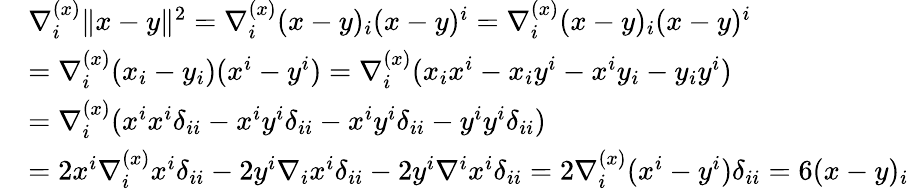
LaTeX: \begin{array}{rl}&{\nabla_{i}^{(x)}\| x-y\| ^{2}=\nabla_{i}^{(x)}(x-y)_{i}(x-y)^{i}=\nabla_{i}^{(x)}(x-y)_{i}(x-y)^{i}}\\ &{=\nabla_{i}^{(x)}(x_{i}-y_{i})(x^{i}-y^{i})=\nabla_{i}^{(x)}(x_{i}x^{i}-x_{i}y^{i}-x^{i}y_{i}-y_{i}y^{i})}\\ &{=\nabla_{i}^{(x)}(x^{i}x^{i}\delta_{ii}-x^{i}y^{i}\delta_{ii}-x^{i}y^{i}\delta_{ii}-y^{i}y^{i}\delta_{ii})}\\ &{=2x^{i}\nabla_{i}^{(x)}x^{i}\delta_{ii}-2y^{i}\nabla_{i}x^{i}\delta_{ii}-2y^{i}\nabla^{i}x^{i}\delta_{ii}=2\nabla_{i}^{(x)}(x^{i}-y^{i})\delta_{ii}=6(x-y)_{i}}\end{array}